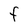
Character: F